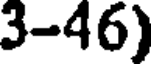
3-46)